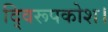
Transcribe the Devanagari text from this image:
द्विरूपकोश।